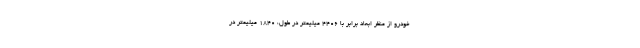
خودرو از منظر ابعاد برابر با 4406 میلیمتر در طول، 1840 میلیمتر در